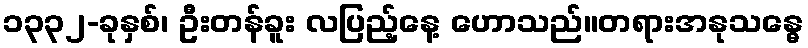
၁၃၃၂-ခုနှစ်၊ ဦးတန်ခူး လပြည့်နေ့ ဟောသည်။တရားအနုသန္ဓေ